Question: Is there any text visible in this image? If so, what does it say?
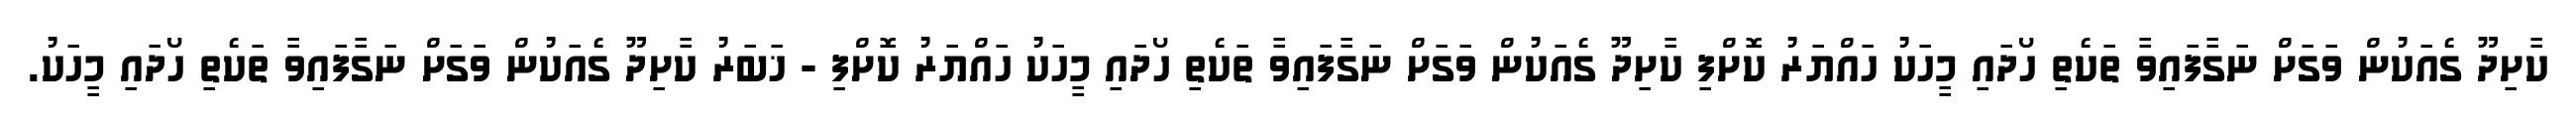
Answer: ކާށިދޫ ގެއަކުން ވަގަށް ނަގާފައިވާ ތަކެތި ހޯދައި މީހަކު ހައްޔަރު ކޮށްފި ކާށިދޫ ގެއަކުން ވަގަށް ނަގާފައިވާ ތަކެތި ހޯދައި މީހަކު ހައްޔަރު ކޮށްފި - ޚަބަރު ކާށިދޫ ގެއަކުން ވަގަށް ނަގާފައިވާ ތަކެތި ހޯދައި މީހަކު.